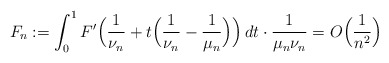
\begin{align*}F_n:= \int_0^1F'\Big(\frac{1}{\nu_n}+t\Big(\frac{1}{\nu_n}-\frac{1}{\mu_n}\Big)\Big)\,dt\cdot \frac{1}{\mu_n\nu_n}= O\Big(\frac{1}{n^2}\Big)\end{align*}